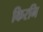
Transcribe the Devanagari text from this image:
किरनि